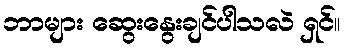
ဘာများ ဆွေးနွေးချင်ပါသလဲ ရှင်။